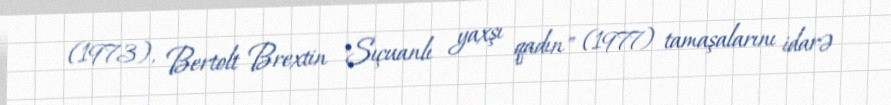
(1973), Bertolt Brextin "Sıçuanlı yaxşı qadın" (1977) tamaşalarını idarə